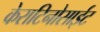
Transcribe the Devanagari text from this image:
केराटिनोसाईट